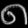
Digit: ၈